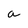
Character: a